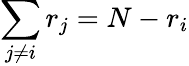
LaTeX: \sum_{j\neq i}r_{j}=N-r_{i}